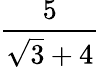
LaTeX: \frac{5}{{\sqrt{3}}+4}